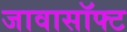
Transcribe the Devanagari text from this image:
जावासॉफ्ट